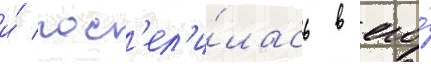
и́ пос'ел'и́лась в его́